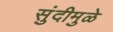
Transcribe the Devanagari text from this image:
सुंदीमुळे